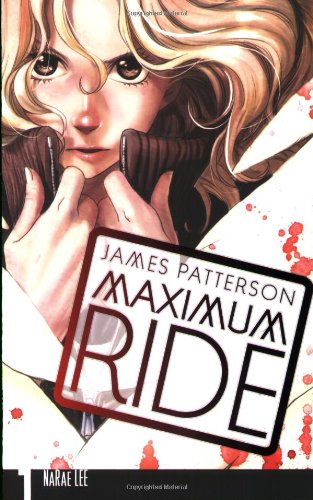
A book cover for Maximum Ride: The Manga, Vol. 1; James Patterson; Comics & Graphic Novels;